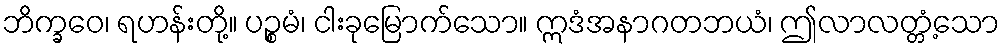
ဘိက္ခဝေ၊ ရဟန်းတို့။ ပဉ္စမံ၊ ငါးခုမြောက်သော။ ဣဒံအနာဂတဘယံ၊ ဤလာလတ္တံ့သော